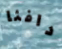
دافئا